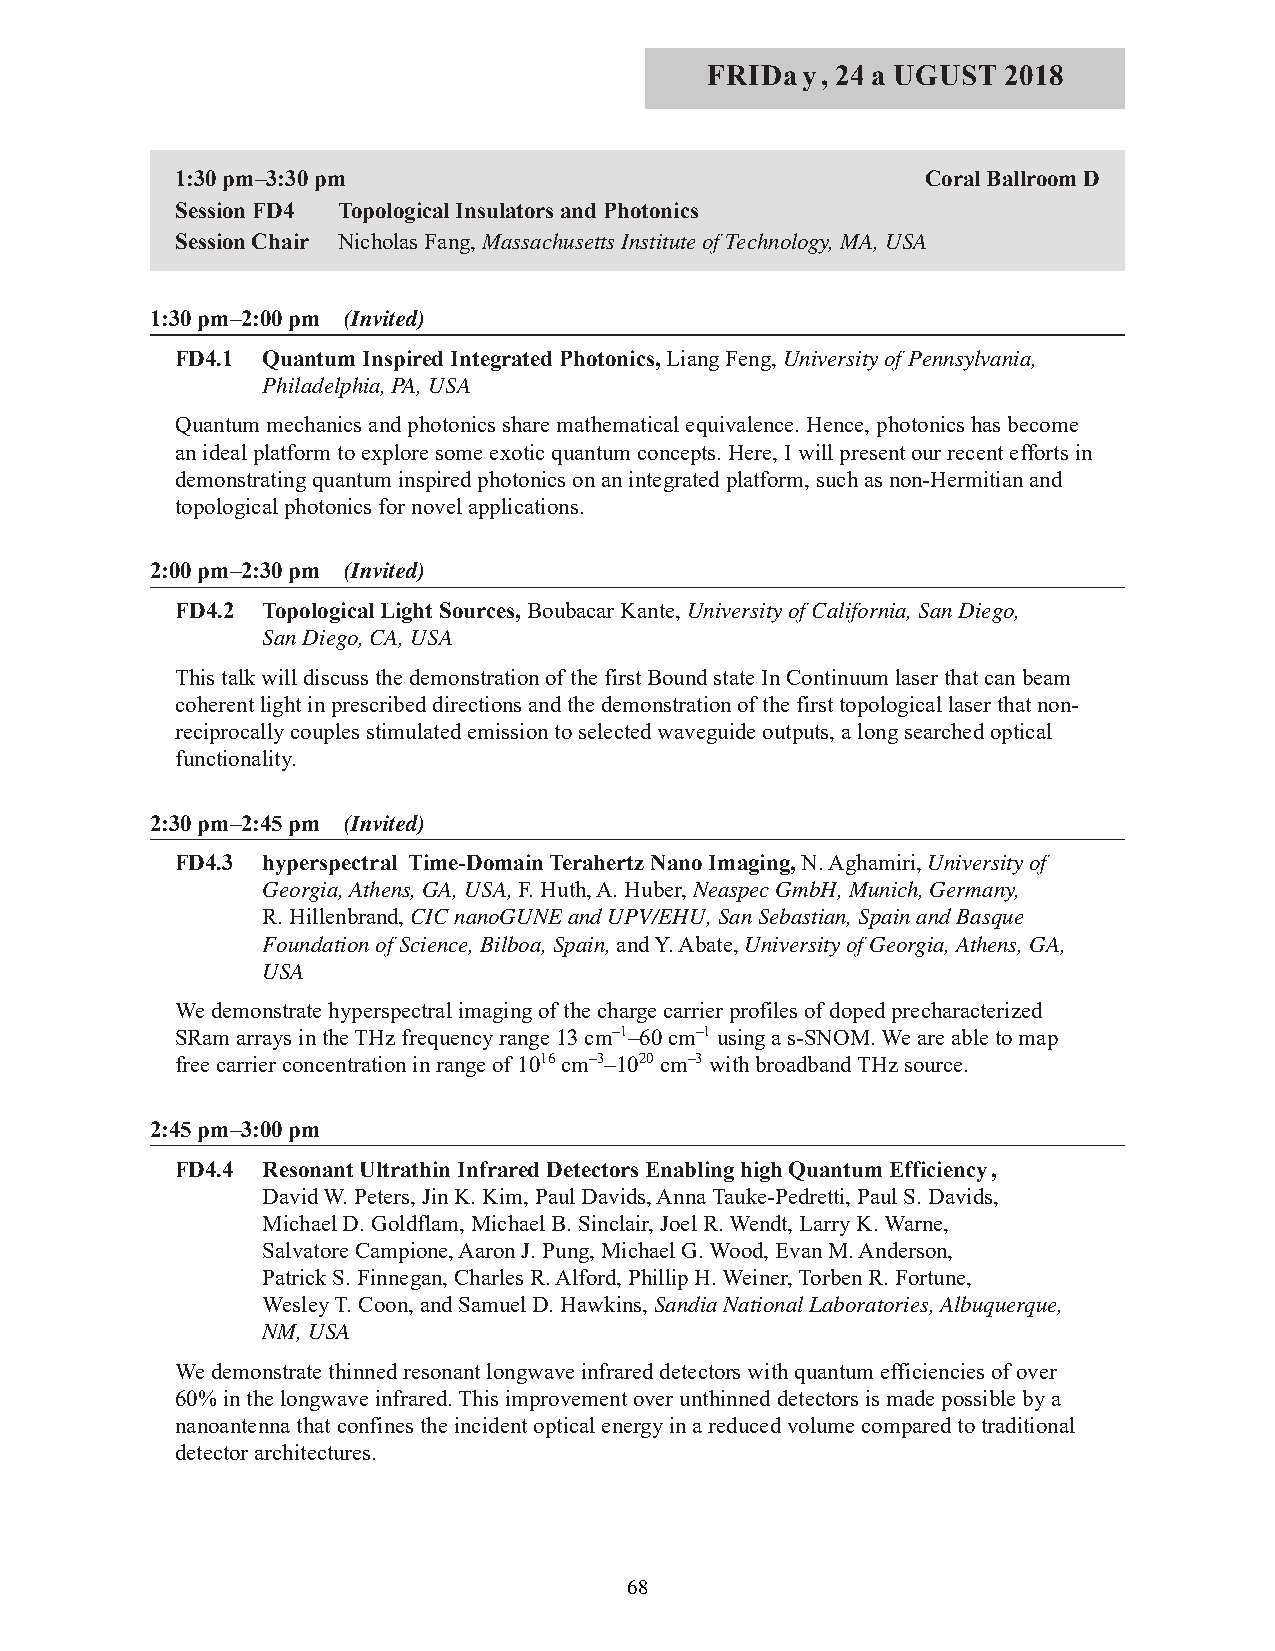
FRIDay, 24 a UGUST  2018
 1:30 pm–3:30 pm                                  Coral Ballroom D
 Session FD4 Topological Insulators and Photonics
 Session Chair Nicholas Fang, Massachusetts Institute of Technology, MA, USA
 1:30 pm–2:00 pm (Invited)
 FD4.1 Quantum Inspired Integrated Photonics, Liang Feng, University of Pennsylvania,
 Philadelphia, PA, USA
 Quantum mechanics and photonics share mathematical equivalence. Hence, photonics has become
 an ideal platform to explore some exotic quantum concepts. Here, I will present our recent efforts in
 demonstrating quantum inspired photonics on an integrated platform, such as non-Hermitian and
 topological photonics for novel applications.
 2:00 pm–2:30 pm (Invited)
 FD4.2 Topological Light Sources, Boubacar Kante, University of California, San Diego,
 San Diego, CA, USA
 This talk will discuss the demonstration of the first Bound state In Continuum laser that can beam
 coherent light in prescribed directions and the demonstration of the first topological laser that non-
 reciprocally couples stimulated emission to selected waveguide outputs, a long searched optical
 functionality.
 2:30 pm–2:45 pm (Invited)
 FD4.3 hyperspectral Time-Domain Terahertz Nano Imaging, N. Aghamiri, University of
 Georgia, Athens, GA, USA, F. Huth, A. Huber, Neaspec GmbH, Munich, Germany,
 R. Hillenbrand, CIC nanoGUNE and UPV/EHU, San Sebastian, Spain and Basque
 Foundation of Science, Bilboa, Spain, and Y. Abate, University of Georgia, Athens, GA,
 USA
 We demonstrate hyperspectral imaging of the charge carrier profiles of doped precharacterized
 SRam arrays in the THz frequency range 13 cm–1–60 cm–1using a s-SNOM. We are able to map
 free carrier concentration in range of 1016cm–3–1020cm–3with broadband THz source.
 2:45 pm–3:00 pm
 FD4.4 Resonant Ultrathin Infrared Detectors Enabling high Quantum Efficiency,
 David W. Peters, Jin K. Kim, Paul Davids, Anna Tauke-Pedretti, Paul S. Davids,
 Michael D. Goldflam, Michael B. Sinclair, Joel R. Wendt, Larry K. Warne,
 Salvatore Campione, Aaron J. Pung, Michael G. Wood, Evan M. Anderson,
 Patrick S. Finnegan, Charles R. Alford, Phillip H. Weiner, Torben R. Fortune,
 Wesley T. Coon, and Samuel D. Hawkins, Sandia National Laboratories, Albuquerque,
 NM, USA
 We demonstrate thinned resonant longwave infrared detectors with quantum efficiencies of over
 60% in the longwave infrared. This improvement over unthinned detectors is made possible by a
 nanoantenna that confines the incident optical energy in a reduced volume compared to traditional
 detector architectures.
 68